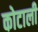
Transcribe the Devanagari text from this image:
कोटाली